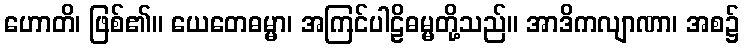
ဟောတိ၊ ဖြစ်၏။ ယေတေဓမ္မာ၊ အကြင်ပါဠိဓမ္မတို့သည်။ အာဒိကလျာဏာ၊ အစ၌